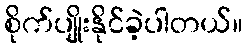
စိုက်ပျိုးနိုင်ခဲ့ပါတယ်။